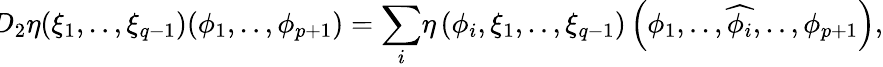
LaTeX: \! \! D_{2}\eta({\xi}_{1},..,{\xi}_{q-1})({\phi}_{1},..,{\phi}_{p+1})={\displaystyle\sum_{i}}\eta\left({\phi}_{i},{\xi}_{1},..,{\xi}_{q-1}\right)\left({\phi}_{1},..,\widehat{{\phi}_{i}},..,{\phi}_{p+1}\right),